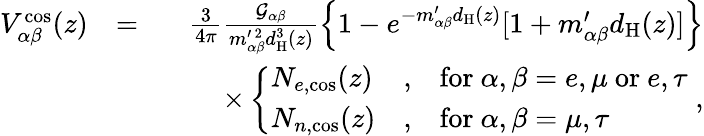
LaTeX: \begin{array}{rlr}{V_{\alpha\beta}^{\mathrm{cos}}(z)}&{=}&{\frac{3}{4\pi}\frac{\mathcal{G}_{\alpha\beta}}{m_{\alpha\beta}^{\prime~2}d_{\mathrm{H}}^{3}(z)}\left\{ 1-e^{-m_{\alpha\beta}^{\prime}d_{\mathrm{H}}(z)}[1+m_{\alpha\beta}^{\prime}d_{\mathrm{H}}(z)]\right\} }\\ &{}&{\qquad\times\left\{ \begin{array}{lll}{N_{e,\mathrm{cos}}(z)}&{,}&{\mathrm{for}~\alpha,\beta=e,\mu~\mathrm{or}~e,\tau}\\ {N_{n,\mathrm{cos}}(z)}&{,}&{\mathrm{for}~\alpha,\beta=\mu,\tau}\end{array}\right.\; ,}\end{array}